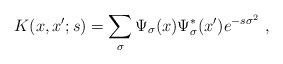
LaTeX: \begin{align*}K(x,x';s)=\sum_\sigma \Psi_\sigma(x)\Psi_\sigma^*(x')e^{-s\sigma^2} \ ,\end{align*}